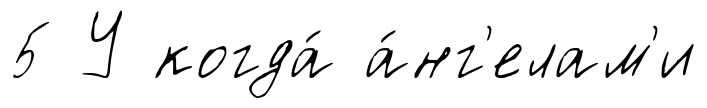
5 У когда́ а́нг'елам'и